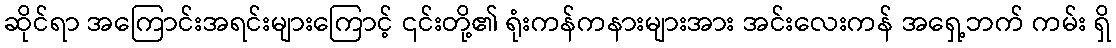
ဆိုင်ရာ အကြောင်းအရင်းများကြောင့် ၎င်းတို့၏ ရုံးကန်ကနားများအား အင်းလေးကန် အရှေ့ဘက် ကမ်း ရှိ